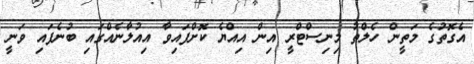
އެގޮތުގެ މަތީން ހެލްތު މިނިސްޓްރީ އިން އިއްޔެ ކޮށްފައިވާ އިއުލާނެއްގައި ބުނެފައި ވަނީ